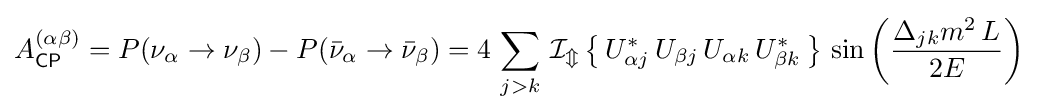
A_{\mathsf {CP}}^{(\alpha \beta )}=P(\nu _{\alpha }\rightarrow \nu _{\beta })-P({\bar {\nu }}_{\alpha }\rightarrow {\bar {\nu }}_{\beta })=4\,\sum _{j>k}\,\operatorname {\mathcal {I_{m}}} \left\{\,U_{\alpha j}^{*}\,U_{\beta j}\,U_{\alpha k}\,U_{\beta k}^{*}\,\right\}\,\sin \left({\frac {\Delta _{jk}m^{2}\,L}{2E}}\right)